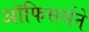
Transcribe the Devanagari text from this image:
ऑफिसर्सने